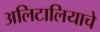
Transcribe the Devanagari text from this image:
अलिटालियाचे